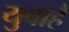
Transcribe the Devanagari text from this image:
युवाहै